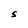
Character: S